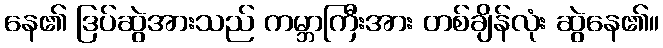
နေ၏ ဒြပ်ဆွဲအားသည် ကမ္ဘာကြီးအား တစ်ချိန်လုံး ဆွဲနေ၏။